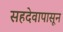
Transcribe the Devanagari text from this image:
सहदेवापासून